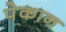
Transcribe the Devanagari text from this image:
पेकान